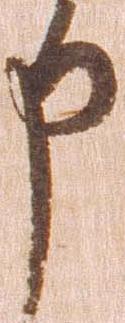
申